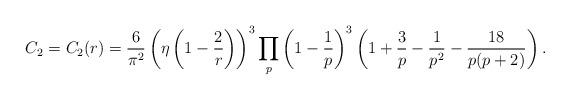
LaTeX: \begin{align*}C_2=C_2(r)=\frac{6}{\pi^2}\left(\eta\left(1-\frac{2}{r}\right)\right)^3\prod_{p}\left(1-\frac{1}{p}\right)^3\left(1+\frac{3}{p}-\frac{1}{p^2}-\frac{18}{p(p+2)}\right).\end{align*}